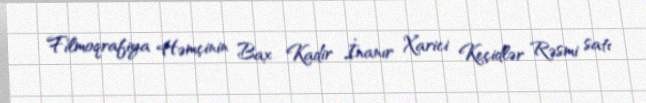
Filmoqrafiya Həmçinin Bax Kadir İnanır Xarici Keçidlər Rəsmi satı